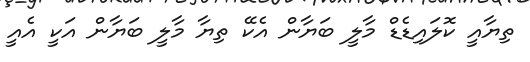
ތިޔާއީ ކޮލައިޑެޑް މާލީ ބަޔާން އެކޭ ތިޔާ މާލީ ބަޔާން އަކީ އެއީ